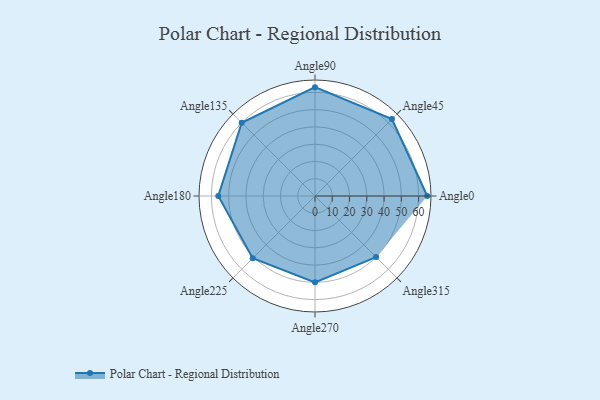
{"axis": {"x": "Angle", "y": "Radius"}, "legend": [""], "data": [{"x": "Angle0", "y": 65.0, "type": ""}, {"x": "Angle45", "y": 63.0, "type": ""}, {"x": "Angle90", "y": 63.0, "type": ""}, {"x": "Angle135", "y": 60.0, "type": ""}, {"x": "Angle180", "y": 56.0, "type": ""}, {"x": "Angle225", "y": 51.0, "type": ""}, {"x": "Angle270", "y": 50, "type": ""}, {"x": "Angle315", "y": 50, "type": ""}]}